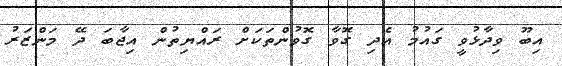
އިބޫ ވިދާޅުވީ ގައުމު އެދި ގޮވާ ގޮވުންތަކަށް ރައްޔިތުން އިޖާބަ ދޭ މަންޒަރު